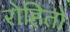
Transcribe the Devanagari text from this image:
रोहितो